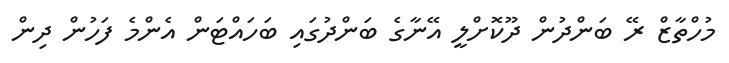
މުހްތާޒް ރޭ ބަންދުން ދޫކޮށްލީ އޭނާގެ ބަންދުގައި ބަހައްޓަން އެންމެ ފަހުން ދިން